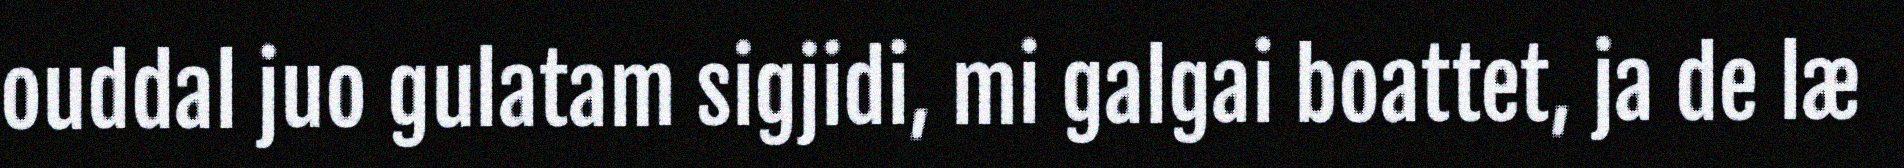
ouddal juo gulatam sigjidi, mi galgai boattet, ja de læ